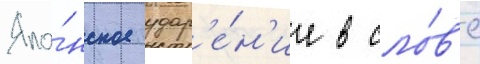
Япо́нское удар'е́н'ие в сло́в'е